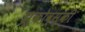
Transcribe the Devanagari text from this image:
झुकोव्स्की